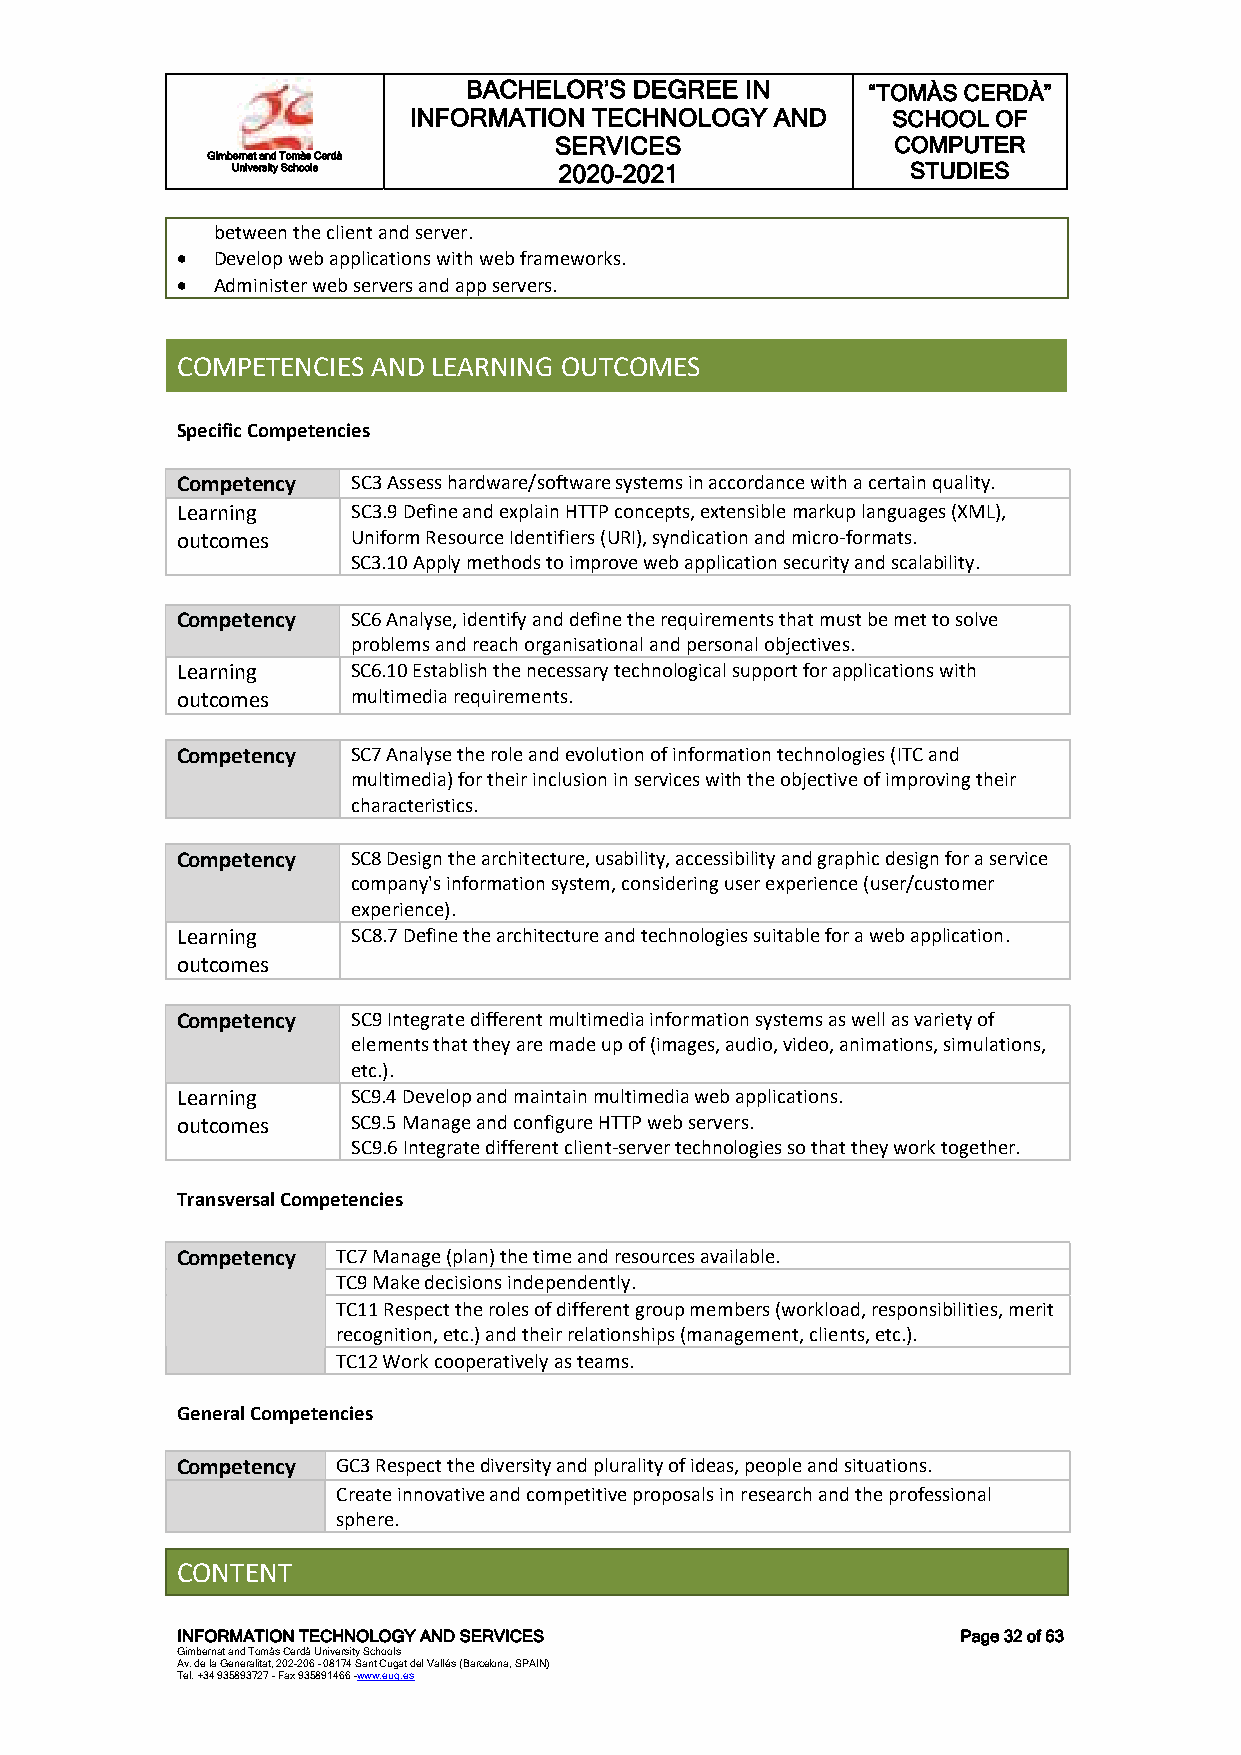
BACHELOR’S DEGREE IN      “TOMÀS CERDÀ”
 INFORMATION TECHNOLOGY  AND     SCHOOL OF
 SERVICES              COMPUTER
 Gimbernat and Tomàs Cerdà
 University Schools    2020-2021              STUDIES
 between the client and server.
  Develop web applications with web frameworks.
  Administer web servers and app servers.
 COMPETENCIES AND LEARNING OUTCOMES
 Specific Competencies
 Competency SC3 Assess hardware/software systems in accordance with a certain quality.
 Learning   SC3.9 Define and explain HTTP concepts, extensible markup languages (XML),
 outcomes   Uniform Resource Identifiers (URI), syndication and micro-formats.
 SC3.10 Apply methods to improve web application security and scalability.
 Competency SC6 Analyse, identify and define the requirements that must be met to solve
 problems and reach organisational and personal objectives.
 Learning   SC6.10 Establish the necessary technological support for applications with
 outcomes   multimedia requirements.
 Competency SC7 Analyse the role and evolution of information technologies (ITC and
 multimedia) for their inclusion in services with the objective of improving their
 characteristics.
 Competency SC8 Design the architecture, usability, accessibility and graphic design for a service
 company's information system, considering user experience (user/customer
 experience).
 Learning   SC8.7 Define the architecture and technologies suitable for a web application.
 outcomes
 Competency SC9 Integrate different multimedia information systems as well as variety of
 elements that they are made up of (images, audio, video, animations, simulations,
 etc.).
 Learning   SC9.4 Develop and maintain multimedia web applications.
 outcomes   SC9.5 Manage and configure HTTP web servers.
 SC9.6 Integrate different client-server technologies so that they work together.
 Transversal Competencies
 Competency TC7 Manage (plan) the time and resources available.
 TC9 Make decisions independently.
 TC11 Respect the roles of different group members (workload, responsibilities, merit
 recognition, etc.) and their relationships (management, clients, etc.).
 TC12 Work cooperatively as teams.
 General Competencies
 Competency GC3 Respect the diversity and plurality of ideas, people and situations.
 Create innovative and competitive proposals in research and the professional
 sphere.
 CONTENT
 INFORMATION TECHNOLOGY AND SERVICES                 Page 32 of 63
 Gimbernat and Tomàs Cerdà University Schools
 Av. de la Generalitat, 202-206 - 08174 Sant Cugat del Vallés (Barcelona, SPAIN)
 Tel. +34 935893727 - Fax 935891466 -www.eug.es